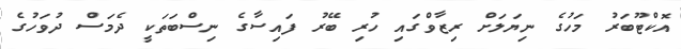
އޮކްޓޫބަރު މަހުގެ ނިޔަލަށް ރިޒާވްގައި ހުރި ބޭރު ފައިސާގެ ނިސްބަތަކީ ދެމަސް ދުވަހުގެ